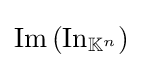
\textstyle \operatorname {Im} \left(\operatorname {In} _{\mathbb {K} ^{n}}\right)